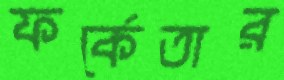
ফর্কেতার